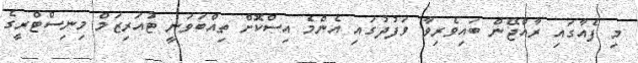
މި ފެއާގައި ރާއްޖޭން ބައިވެރިވާ ވަފުދުގައި އެންމެ އިސްކޮށް ތިއްބަވަނީ ޓުއަރިޒަމް މިނިސްޓްރީގެ